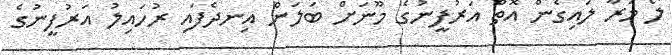
ލޯ މަރާ ލައިގެން އޮތް އަރުފީނުގެ މޫނަށް ބަލަން އިނދެފައި ރުހައިލު އަރުފީނުގެ